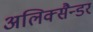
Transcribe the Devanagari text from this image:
अलिक्सैन्डर